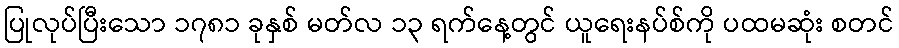
ပြုလုပ်ပြီးသော ၁၇၈၁ ခုနှစ် မတ်လ ၁၃ ရက်နေ့တွင် ယူရေးနပ်စ်ကို ပထမဆုံး စတင်